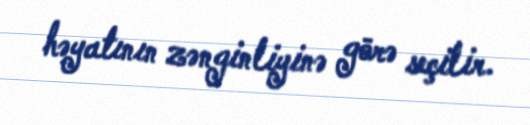
həyatının zənginliyinə görə seçilir.